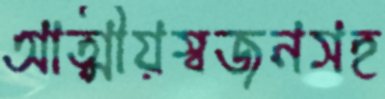
আত্মীয়স্বজনসহ